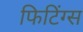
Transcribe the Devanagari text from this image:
फिटिंग्स